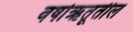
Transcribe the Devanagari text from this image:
वर्षाऋतूतील